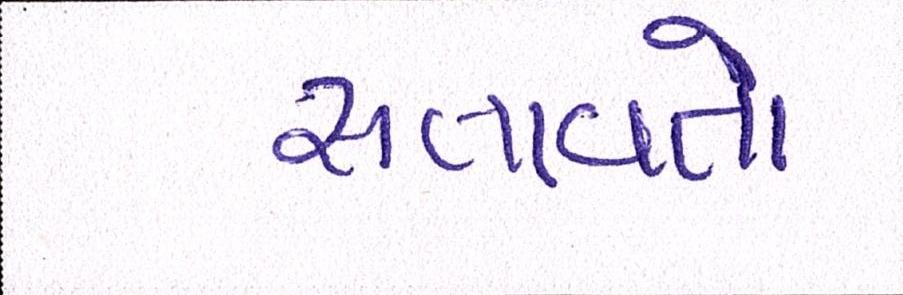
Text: સતાવતો